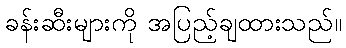
ခန်းဆီးများကို အပြည့်ချထားသည်။